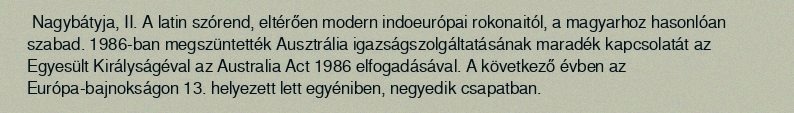
Nagybátyja, II. A latin szórend, eltérően modern indoeurópai rokonaitól, a magyarhoz hasonlóan szabad. 1986-ban megszüntették Ausztrália igazságszolgáltatásának maradék kapcsolatát az Egyesült Királyságéval az Australia Act 1986 elfogadásával. A következő évben az Európa-bajnokságon 13. helyezett lett egyéniben, negyedik csapatban.